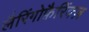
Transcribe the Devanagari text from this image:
लैरिंगोफ़ैरिंक्ज़